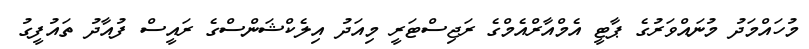
މުހައްމަދު މުނައްވަރުގެ ޕާޓީ އެމްއާރްއެމްގެ ރަޖިސްޓަރީ މިއަދު އިލެކްޝަންސްގެ ރައީސް ފުއާދު ތައުފީގު